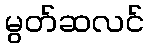
မွတ်ဆလင်